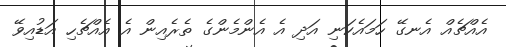
އެއްޗެއް އެނގޭ ހަމައެކަނި އަދި އެ އެންމެންގެ ތެރެއިން އެ އެއްޗެހި އަޑުއިވޭ